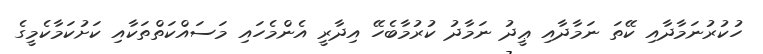
ހުކުރުނަމާދާއި ކޭތަ ނަމާދާއި ޢީދު ނަމާދު ކުރުމާބެހޭ އިދާރީ އެންމެހައި މަސައްކަތްތަކާއި ކަށުކަމާކެމީގެ